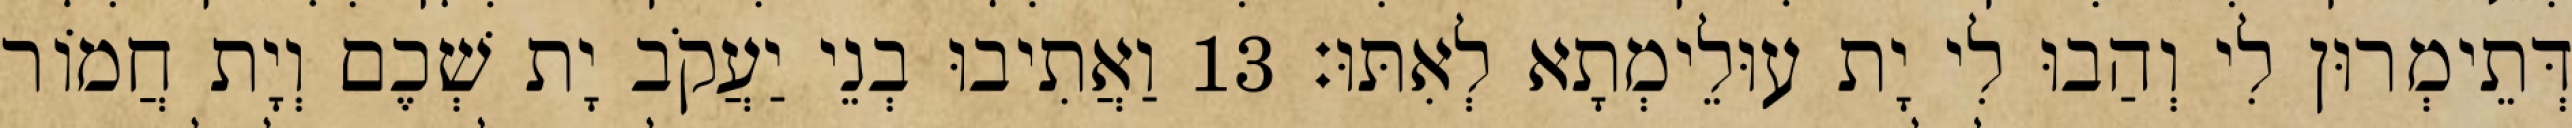
דְּתֵימְרוּן לִי וְהַבוּ לִי יָת עוּלֵימְתָא לְאִתּוּ׃ 13 וַאֲתִיבוּ בְנֵי יַעֲקֹב יָת שְׁכֶם וְיָת חֲמוֹר